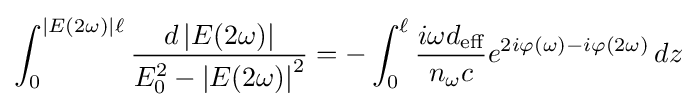
\int _{0}^{\left|E(2\omega )\right|\ell }{\frac {d\left|E(2\omega )\right|}{E_{0}^{2}-\left|E(2\omega )\right|^{2}}}=-\int _{0}^{\ell }{\frac {i\omega d_{\text{eff}}}{n_{\omega }c}}e^{2i\varphi (\omega )-i\varphi (2\omega )}\,dz